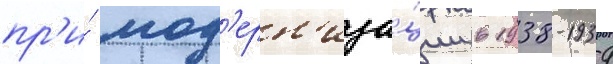
пр'и́ мод'ерн'иза́ции в 1938-1939